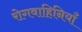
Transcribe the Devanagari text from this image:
रोगवाहिनियाँ